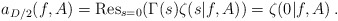
\begin{align*}a_{D/2}(f,A)={\rm Res}_{s=0} (\Gamma (s) \zeta (s|f,A))= \zeta (0|f,A) \,.\end{align*}